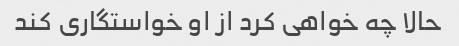
حالا چه خواهی کرد از او خواستگاری کند